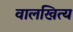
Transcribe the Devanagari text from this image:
वालखित्य